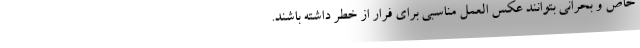
خاص و بحرانی بتوانند عکس العمل مناسبی برای فرار از خطر داشته باشند.